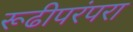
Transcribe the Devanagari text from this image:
रूढीपरंपरा